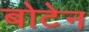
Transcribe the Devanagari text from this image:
बोटेन